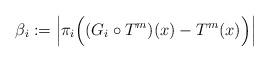
LaTeX: \begin{align*}\beta_i := \left|\pi_i \Bigl( ( G_i \circ T^m)(x) - T^{m}(x) \Bigr) \right|\end{align*}